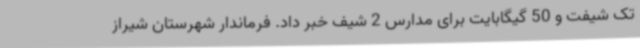
تک شیفت و 50 گیگابایت برای مدارس 2 شیف خبر داد. فرماندار شهرستان شیراز